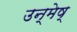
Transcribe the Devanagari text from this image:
उन्मेष्